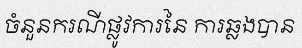
ចំនួនករណីផ្លូវការនៃ ការឆ្លងបាន